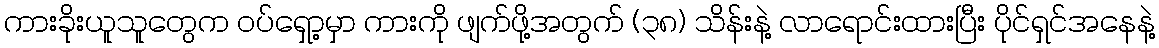
ကားခိုးယူသူတွေက ဝပ်ရှော့မှာ ကားကို ဖျက်ဖို့အတွက် (၃၈) သိန်းနဲ့ လာရောင်းထားပြီး ပိုင်ရှင်အနေနဲ့